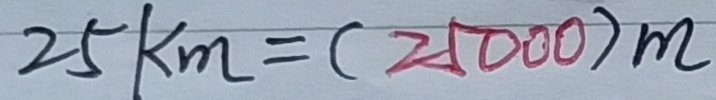
2 5 k m = ( 2 5 0 0 0 ) m